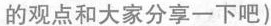
的观点和大家分享一下吧)